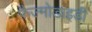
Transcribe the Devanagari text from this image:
फ़ैज्मोडाइडी